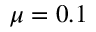
\mu = 0 . 1